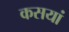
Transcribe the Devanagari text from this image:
कसयां